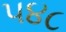
૫૪૮